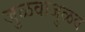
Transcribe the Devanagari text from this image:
जुळवाजुळव